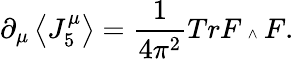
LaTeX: {\partial}_{\mu}\left\langle J_{5}^{\mu}\right\rangle=\frac{1}{4{\pi^{2}}}TrF\mathrm{\tiny~\wedge~}F.